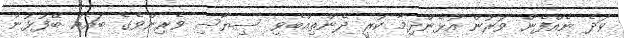
ވަދެ ނެއްފެން ވަރުން އުޅެންދިމާ ކުރީ ދެންތިއްބެވި ސިޔާސި ވެރިންވެގެ ބައެއް ބޭފުޅުން